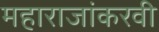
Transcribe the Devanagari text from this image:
महाराजांकरवी